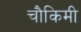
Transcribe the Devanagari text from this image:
चौकिमी